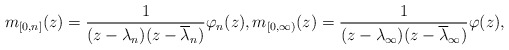
\begin{align*}m_{[0,n]}(z)=\frac1{(z-\lambda_n)(z-\overline{\lambda}_n)}\varphi_n(z),m_{[0,\infty)}(z)=\frac1{(z-\lambda_{\infty})(z-\overline{\lambda}_{\infty})}\varphi(z),\end{align*}